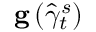
\mathbf { g } \left( \widehat { \gamma } _ { t } ^ { s } \right)